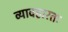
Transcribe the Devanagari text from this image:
व्यावहारतः